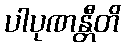
ပါပုဏန္တီတိ